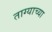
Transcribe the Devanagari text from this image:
ताग्याच्या